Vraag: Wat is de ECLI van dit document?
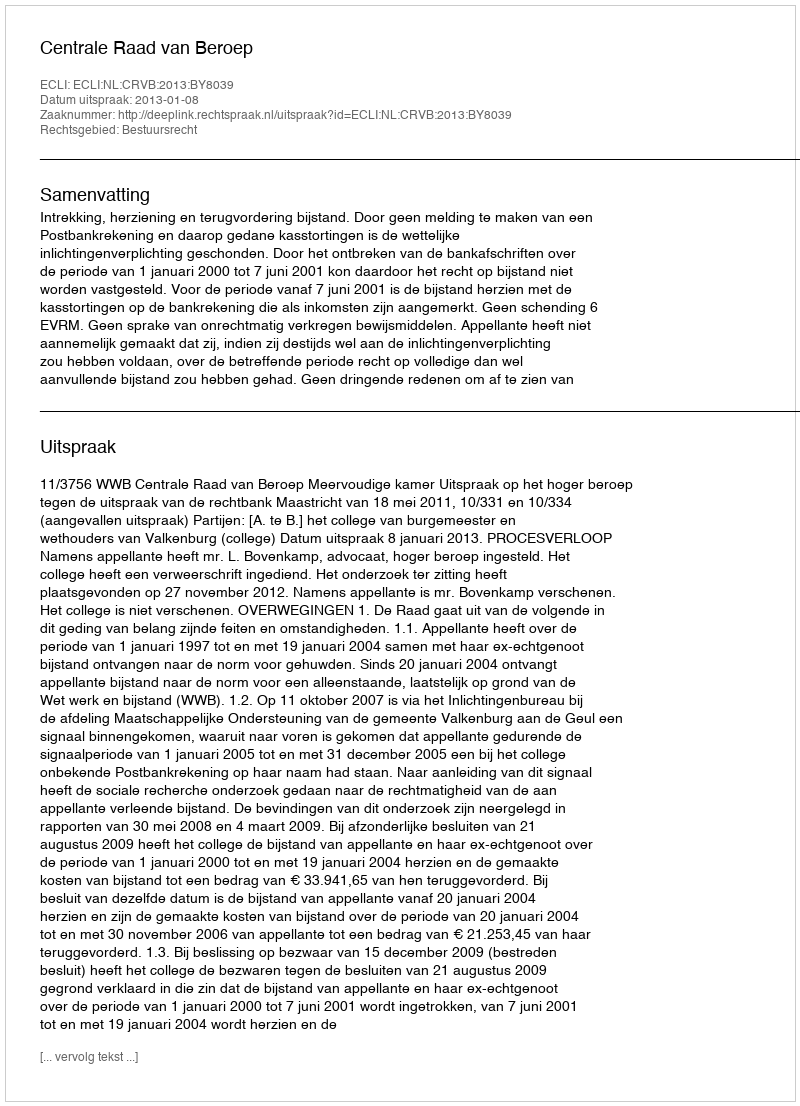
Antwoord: ECLI:NL:CRVB:2013:BY8039